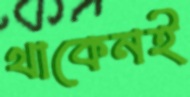
থাকেনই